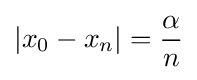
|x_{0}-x_{n}|={\frac {\alpha }{n}}